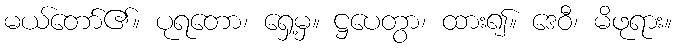
မယ်တော်၏။ ပုရတော၊ ရှေ့မှ။ ဋ္ဌပေတွာ၊ ထား၍။ ဒေဝီ၊ မိဖုရား။